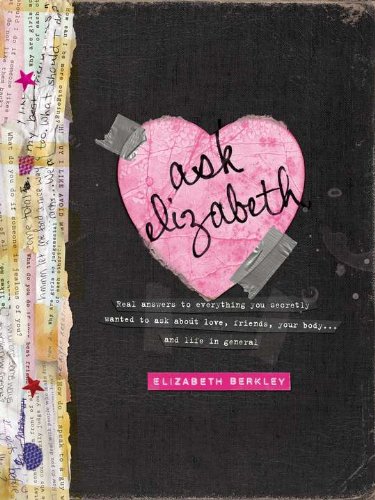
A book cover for Ask Elizabeth: Real Answers to Everything You Secretly Wanted to Ask AboutLove, Friends, YourBo dy... and Life in General; Elizabeth Berkley; Teen & Young Adult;